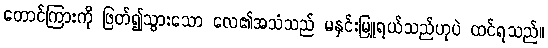
တောင်ကြားကို ဖြတ်၍သွားသော လေ၏အသံသည် မနှင်းမြူရယ်သည်ဟုပဲ ထင်ရသည်။